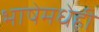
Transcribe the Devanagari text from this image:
भाषेमधेही